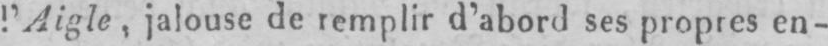
l’Aigle, jalouse de remplir d’abord ses propres en-